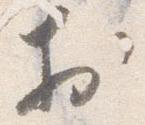
於